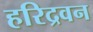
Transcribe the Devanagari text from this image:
हरिद्रवन